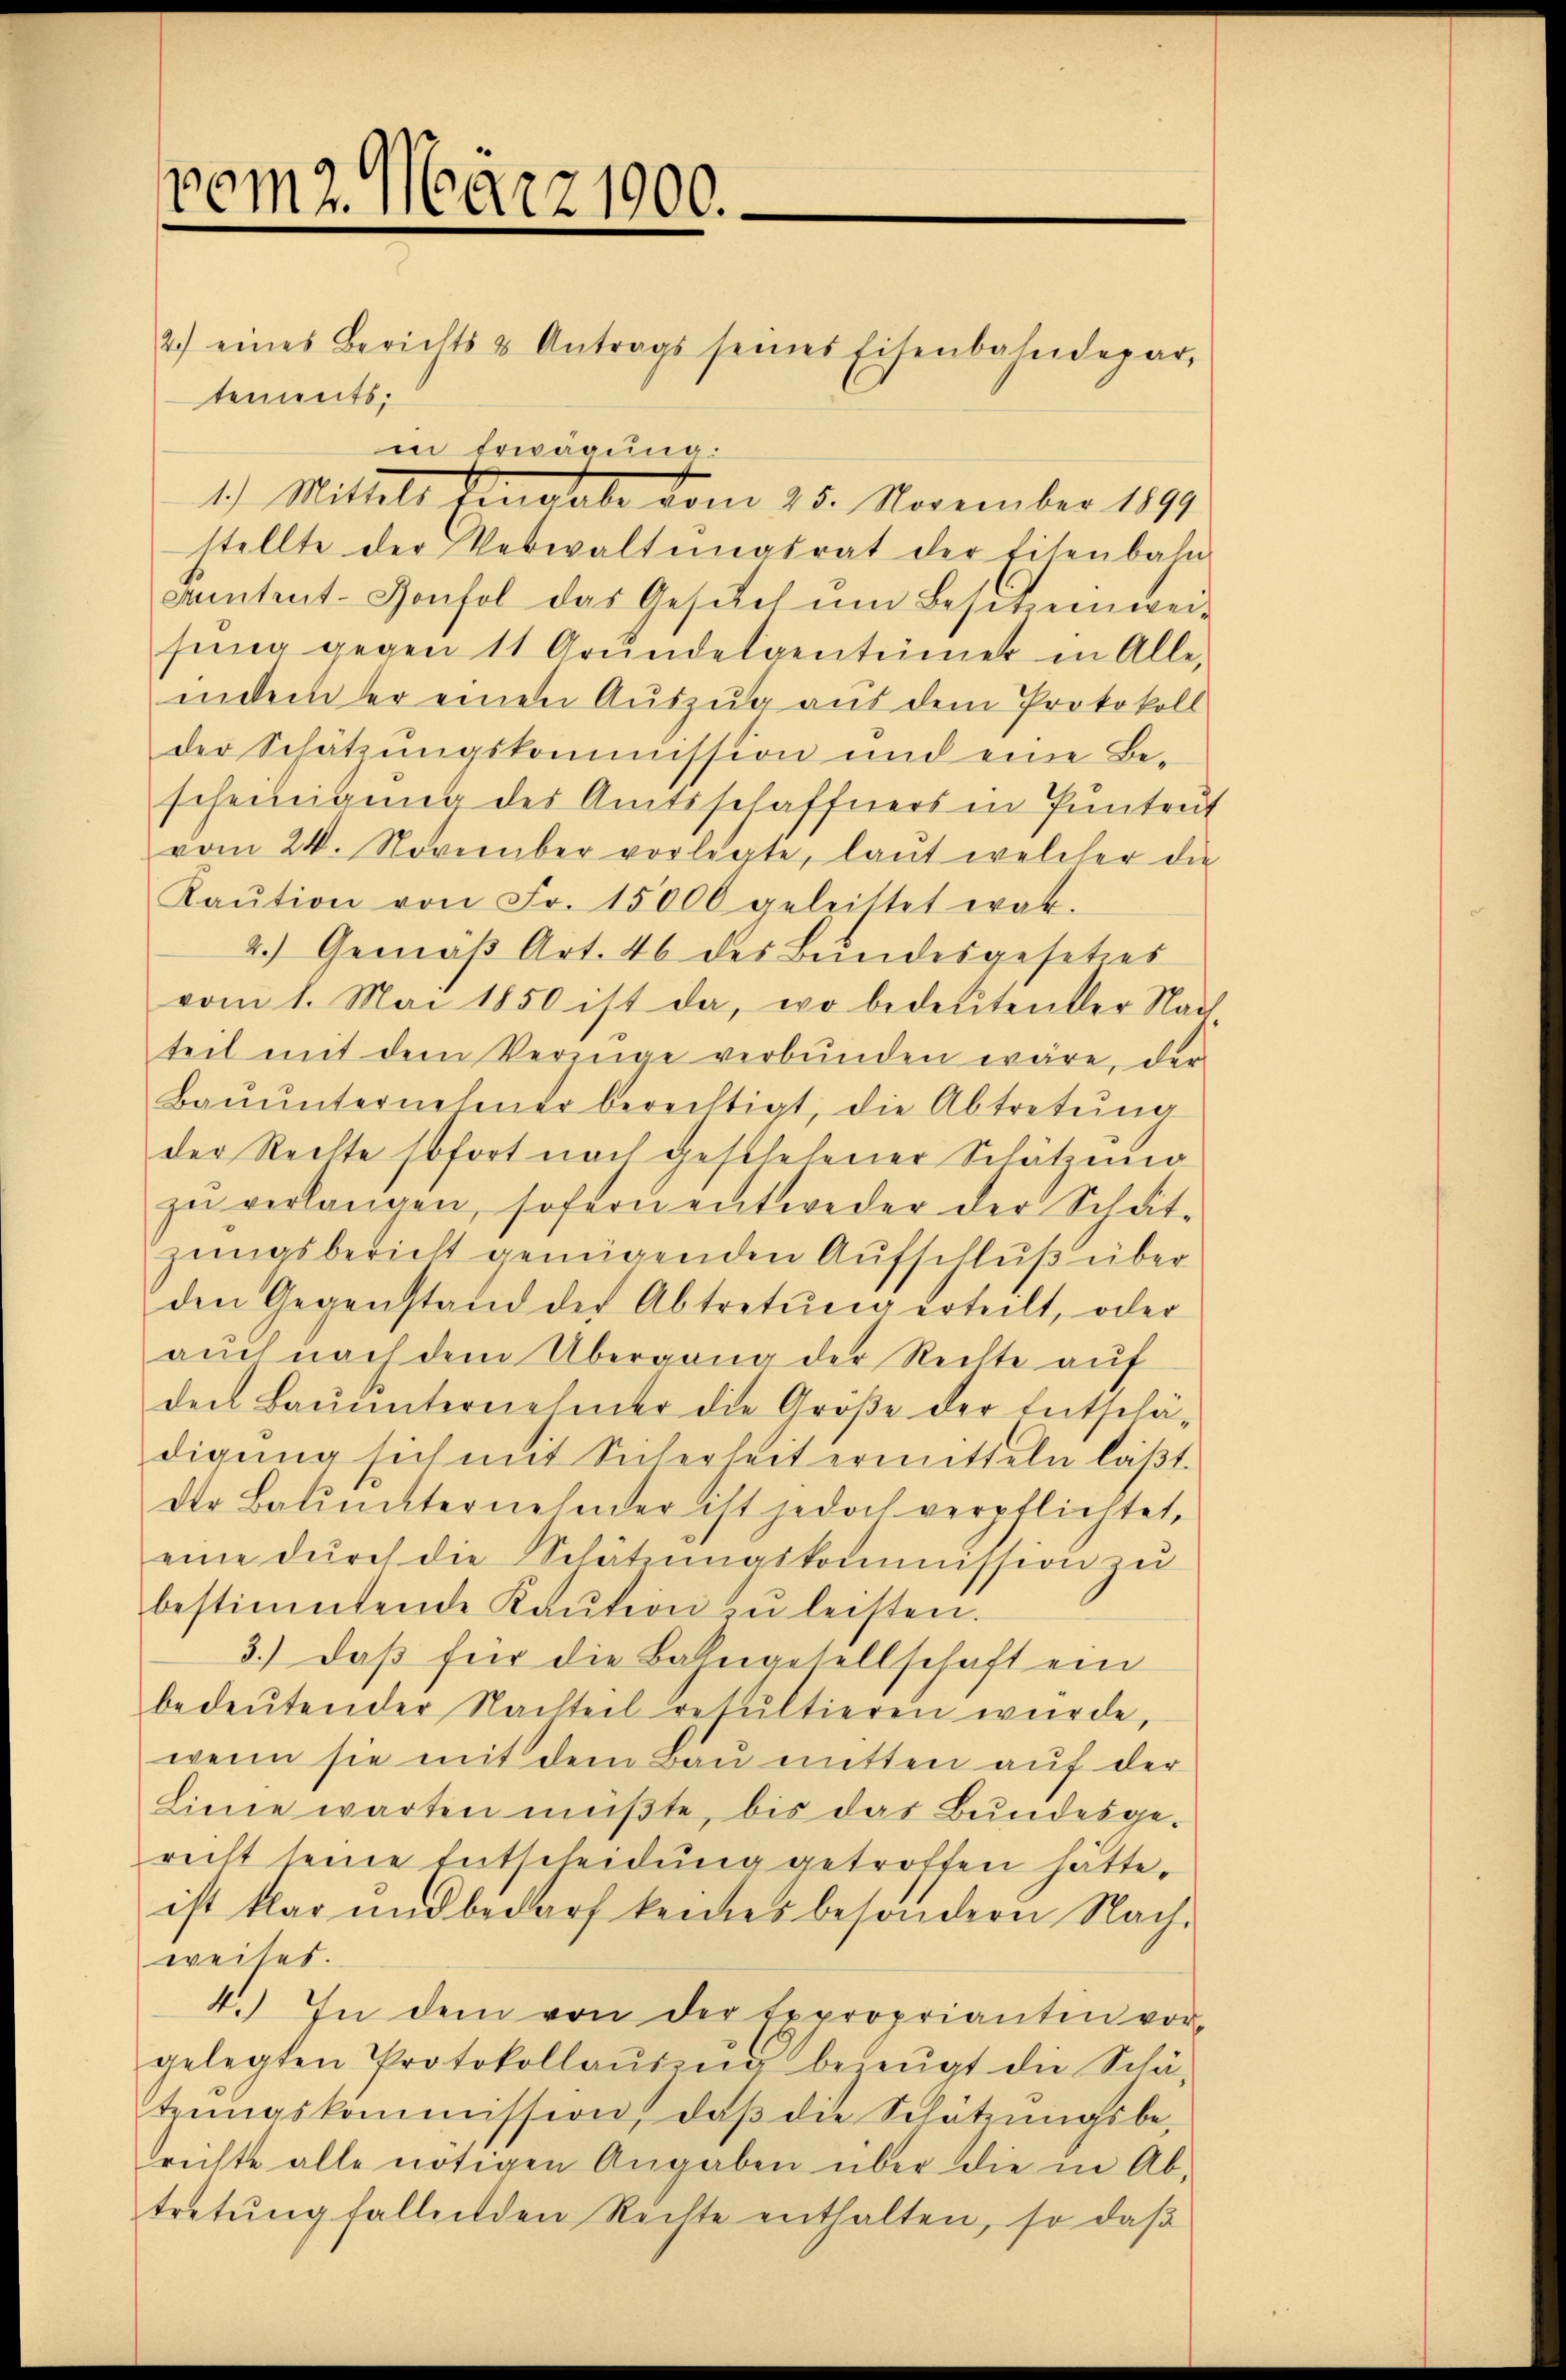
1
m2. März 1900.

2.) eines Berichts & Antrags seines Eisenbahndepar-
tements;
in Erwägung:
1.) Mittels Eingabe vom 25. November 1890
stellte der Verwaltŭngsrat der Eisenbahn
samtent-Gonfol das Gesŭch ŭm Besitzenwei-
sŭng gegen 11 Grŭndeigentümer in Alle,
indem er einen Auszug aus dem Protokoll
der Schätzungskommission und eine Be-
scheinigung des Amtsschaffners in Puntrut
vom 24. November vorlegte, laut welcher die
Kaŭtion von Fr. 15000 geleittet war.
2.) Gemäß Art. 46 des Bundesgesetzes
vom 1. Mai 1850 ist da, wo bedeutender Nach
teil mit dem Vernige verbŭnden wäre, der
Baŭŭnternehmer berechtigt, die Abtretŭng
der Rechte sofort nach geschehener Schätzung
zu verlangen, sofern entweder der Schätzungsbericht genügenden Aufschluß über
den Gegenstand der Abtretŭng erteilt, oder
auch nach dem Übergang der Rechte auf
den Bauunternehmer die Größe der Entschä-
digŭng sich mit Sicherheit ermitteln läβt.
der Baumaternehmer ist jedoch verpflichtet,
eine dŭrch die Schätzŭngskommission zŭ
bestimmtende Kaŭtion zŭ leisten.
3.) Daß für die Bahngesellschaft ein
bedeŭtender Nachteil resultieren würde,
wenn sie mit dem Bau mitten auf der
Linie warten müβte, bis das Bundesge-
recht seine Entscheidung getroffen hätte.
ist klar und bedarf keines besondern Nach-
weites.
4.) In dem von der Expropriantin vor,
gelegten Protokollaŭsina bezeugt die Schä-
trŭngskommission, daβ die Schätzŭngsbe-
richte alle nötigen Angaben über die in Ab-
tretŭng fallenden Rechte enthalten, so daβ